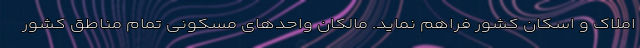
املاک و اسکان کشور فراهم نماید. مالکان واحدهای مسکونی تمام مناطق کشور